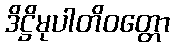
ဒိဋ္ဌိမုပါတိဝတ္တော